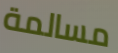
مسالمة